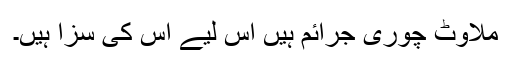
ملاوٹ چوری جرائم ہیں اس لیے اس کی سزا ہیں۔